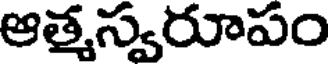
ఆత్మస్వరూపం